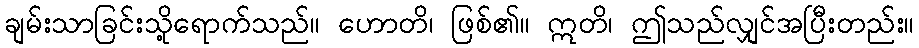
ချမ်းသာခြင်းသို့ရောက်သည်။ ဟောတိ၊ ဖြစ်၏။ ဣတိ၊ ဤသည်လျှင်အပြီးတည်း။